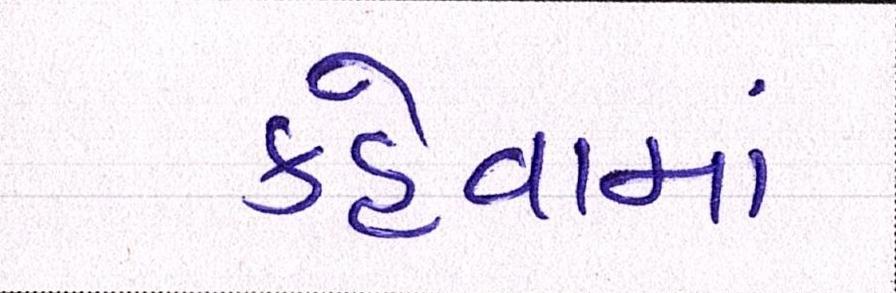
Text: કહેવામાં